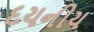
દયનીય